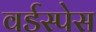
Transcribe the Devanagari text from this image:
वर्डस्पेस